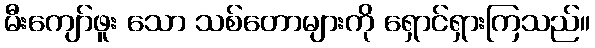
မီးကျော်ဖူး သော သစ်တောများကို ရှောင်ရှားကြသည်။